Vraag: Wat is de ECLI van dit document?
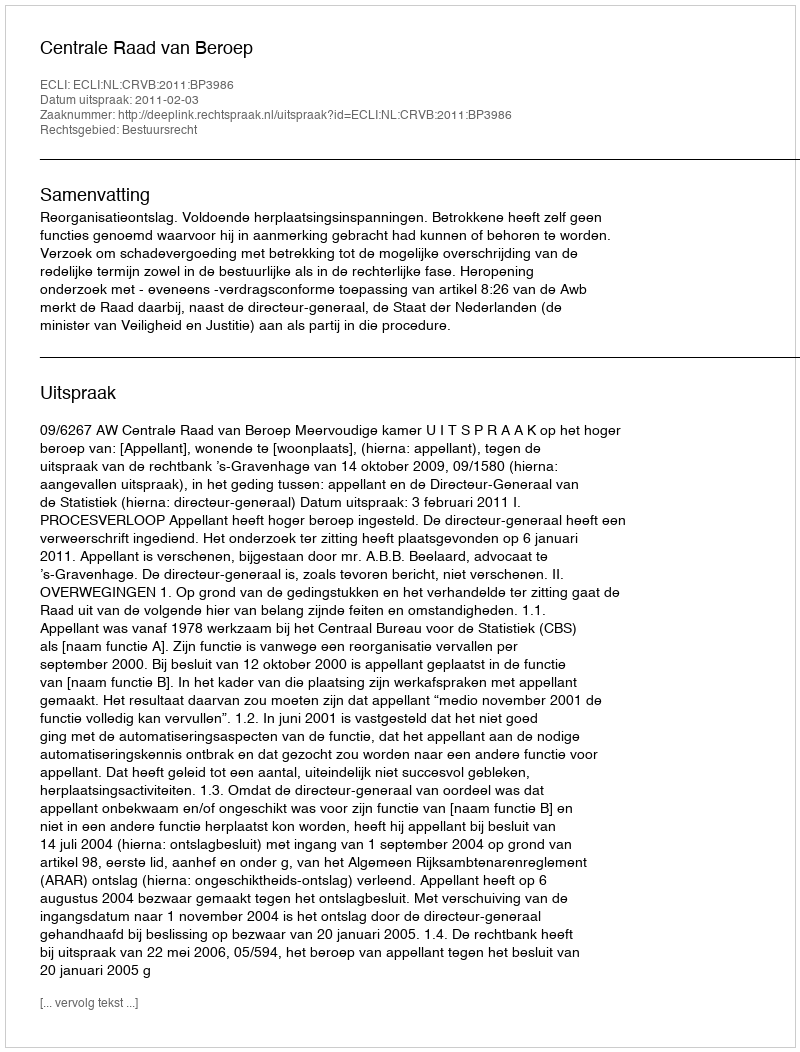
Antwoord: ECLI:NL:CRVB:2011:BP3986